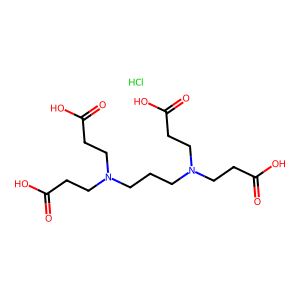
SMILES: Cl.O=C(O)CCN(CCCN(CCC(=O)O)CCC(=O)O)CCC(=O)O
Inhibits HIV replication: No